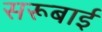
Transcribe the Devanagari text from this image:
सरूबाई